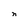
Character: n